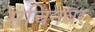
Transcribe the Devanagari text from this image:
सचिनवर